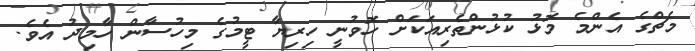
މެޗްގެ އެންމެ މޮޅު ކުޅުންތެރިއަކަށް ހޮވުނީ ހިރިޔާ ޓީމުގެ މިހުސާން ހާމިދު އެވެ.